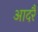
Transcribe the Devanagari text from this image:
आदरै